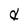
Character: d